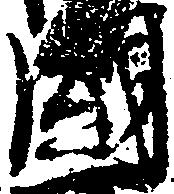
国